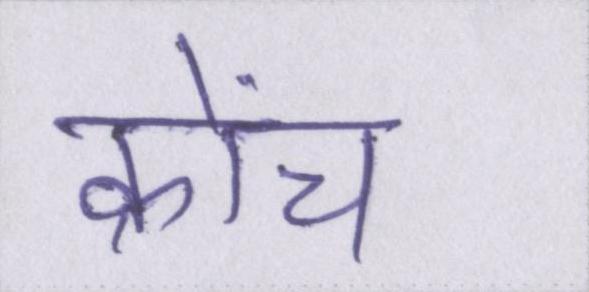
क्रोंच